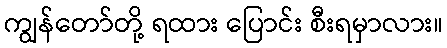
ကျွန်တော်တို့ ရထား ပြောင်း စီးရမှာလား။